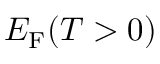
E _ { \mathrm { { F } } } ( T > 0 )